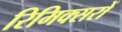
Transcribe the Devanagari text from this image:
रिमिक्सरों